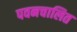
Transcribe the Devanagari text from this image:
पवनचालित